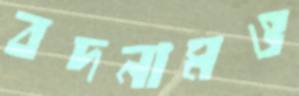
বদনামও